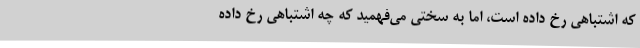
که اشتباهی رخ داده است، اما به سختی می‌فهمید که چه اشتباهی رخ داده‌